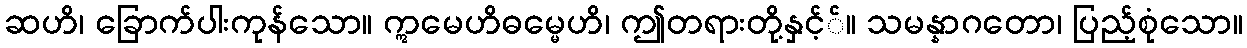
ဆဟိ၊ ခြောက်ပါးကုန်သော။ ဣမေဟိဓမ္မေဟိ၊ ဤတရားတို့နှင့််။ သမန္နာဂတော၊ ပြည့်စုံသော။